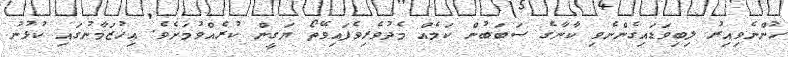
ހުންނެވިއިރު ލިބިވަޑައިގެންނެވި ކާނާގެ ސަބަބުން ކަމެއް މެދުވެރިވެފައިވޭތޯ ޔަގީން ކުރެއްވުމަށެވެ. އިހުޒަމާނުގައި ކުޅުނު